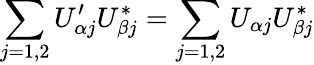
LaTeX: \sum_{j=1,2}U_{\alpha j}^{\prime}U_{\beta j}^{*}=\sum_{j=1,2}U_{\alpha j}U_{\beta j}^{*}